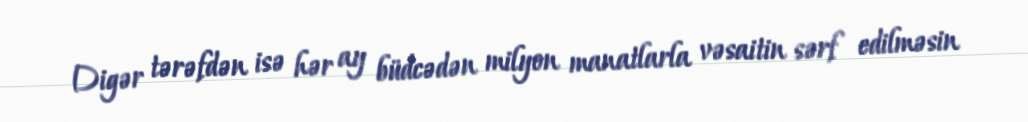
Digər tərəfdən isə hər ay büdcədən milyon manatlarla vəsaitin sərf edilməsin